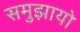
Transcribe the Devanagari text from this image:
समुझायो